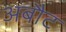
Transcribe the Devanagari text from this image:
अबौट